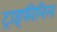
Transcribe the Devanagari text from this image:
ट्राइफीनिल